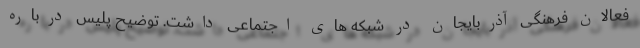
فعالان فرهنگی آذربایجان در شبکه های اجتماعی داشت. توضیح پلیس درباره